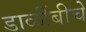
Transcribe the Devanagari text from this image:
डाळींबीचे